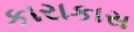
કારાકાસ